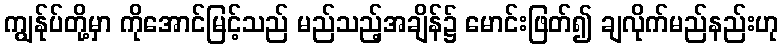
ကျွန်ုပ်တို့မှာ ကိုအောင်မြင့်သည် မည်သည့်အချိန်၌ မောင်းဖြတ်၍ ချလိုက်မည်နည်းဟု